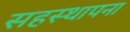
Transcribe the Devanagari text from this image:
सहस्थापना